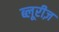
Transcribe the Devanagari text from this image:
ब्लूरीज़